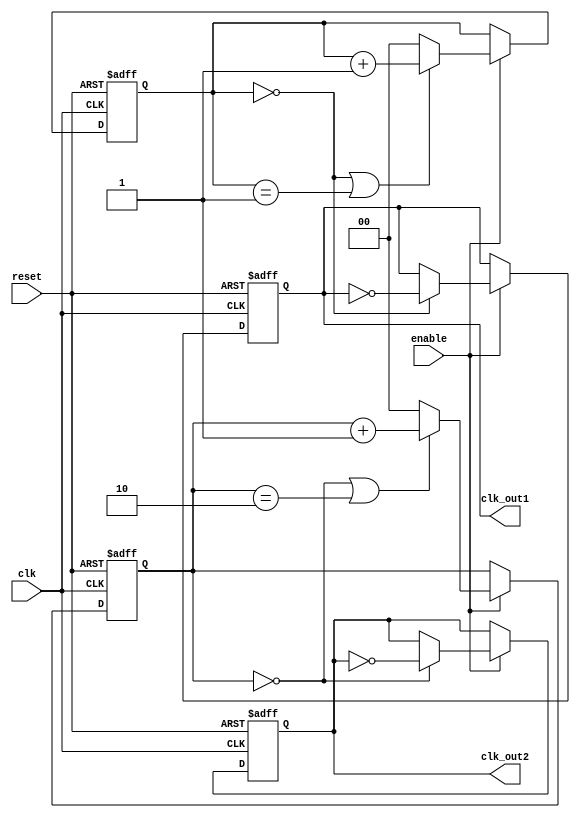
module dual_modulus_clock_divider (
    input wire clk,
    input wire reset,
    input wire enable,
    output reg clk_out1,
    output reg clk_out2
);

reg [1:0] counter1;
reg [1:0] counter2;

always @(posedge clk or posedge reset) begin
    if (reset) begin
        counter1 <= 2'b00;
        counter2 <= 2'b00;
        clk_out1 <= 1'b0;
        clk_out2 <= 1'b0;
    end else if (enable) begin
        if (counter1 == 2'b00) begin
            clk_out1 <= ~clk_out1;
        end
        if (counter1 == 2'b00 || counter1 == 2'b01) begin
            counter1 <= counter1 + 1;
        end else begin
            counter1 <= 2'b00;
        end
        
        if (counter2 == 2'b00) begin
            clk_out2 <= ~clk_out2;
        end
        if (counter2 == 2'b00 || counter2 == 2'b10) begin
            counter2 <= counter2 + 1;
        end else begin
            counter2 <= 2'b00;
        end
    end
end

endmodule